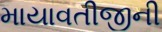
માયાવતીજીની